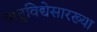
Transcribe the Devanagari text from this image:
यातुविद्येसारख्या